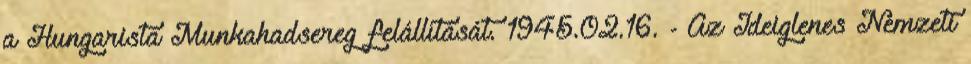
a Hungarista Munkahadsereg felállítását. 1945.02.16. - Az Ideiglenes Nemzeti